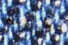
فرقته